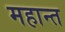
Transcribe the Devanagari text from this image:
महान्त